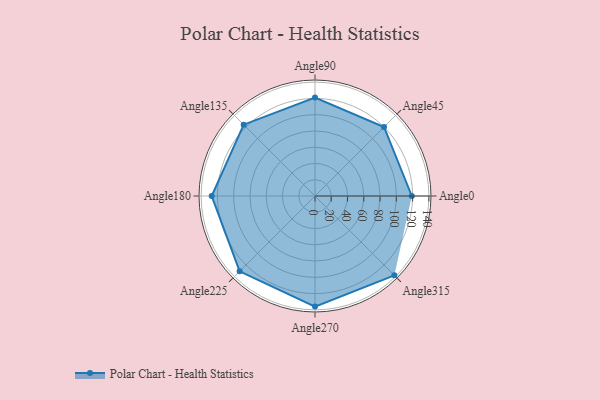
{"axis": {"x": "Angle", "y": "Radius"}, "legend": [""], "data": [{"x": "Angle0", "y": 119.0, "type": ""}, {"x": "Angle45", "y": 120.0, "type": ""}, {"x": "Angle90", "y": 121.0, "type": ""}, {"x": "Angle135", "y": 124.0, "type": ""}, {"x": "Angle180", "y": 127.0, "type": ""}, {"x": "Angle225", "y": 131.0, "type": ""}, {"x": "Angle270", "y": 136.0, "type": ""}, {"x": "Angle315", "y": 138.0, "type": ""}]}